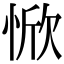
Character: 惞